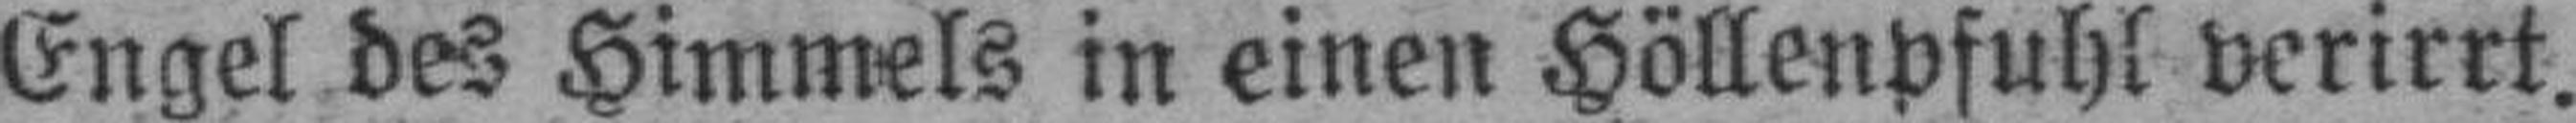
Engel des Himmels in einen Höllenpfuhl verirrt.